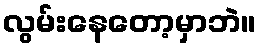
လွမ်းနေတော့မှာဘဲ။